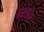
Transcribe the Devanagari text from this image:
क्‍लॉथ